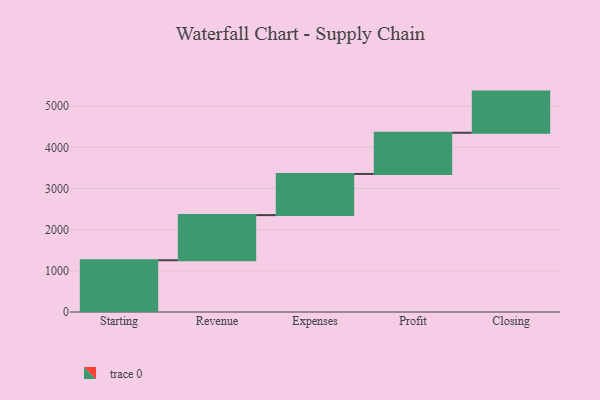
{"axis": {"x": "Step", "y": "Value"}, "legend": [""], "data": [{"x": "Starting", "y": 1257.0, "type": ""}, {"x": "Revenue", "y": 1096.0, "type": ""}, {"x": "Expenses", "y": 1000, "type": ""}, {"x": "Profit", "y": 1000, "type": ""}, {"x": "Closing", "y": 1000, "type": ""}]}